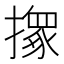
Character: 𢶢